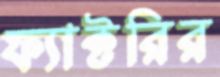
ফ্যাক্টরির